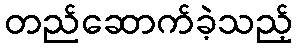
တည်ဆောက်ခဲ့သည့်